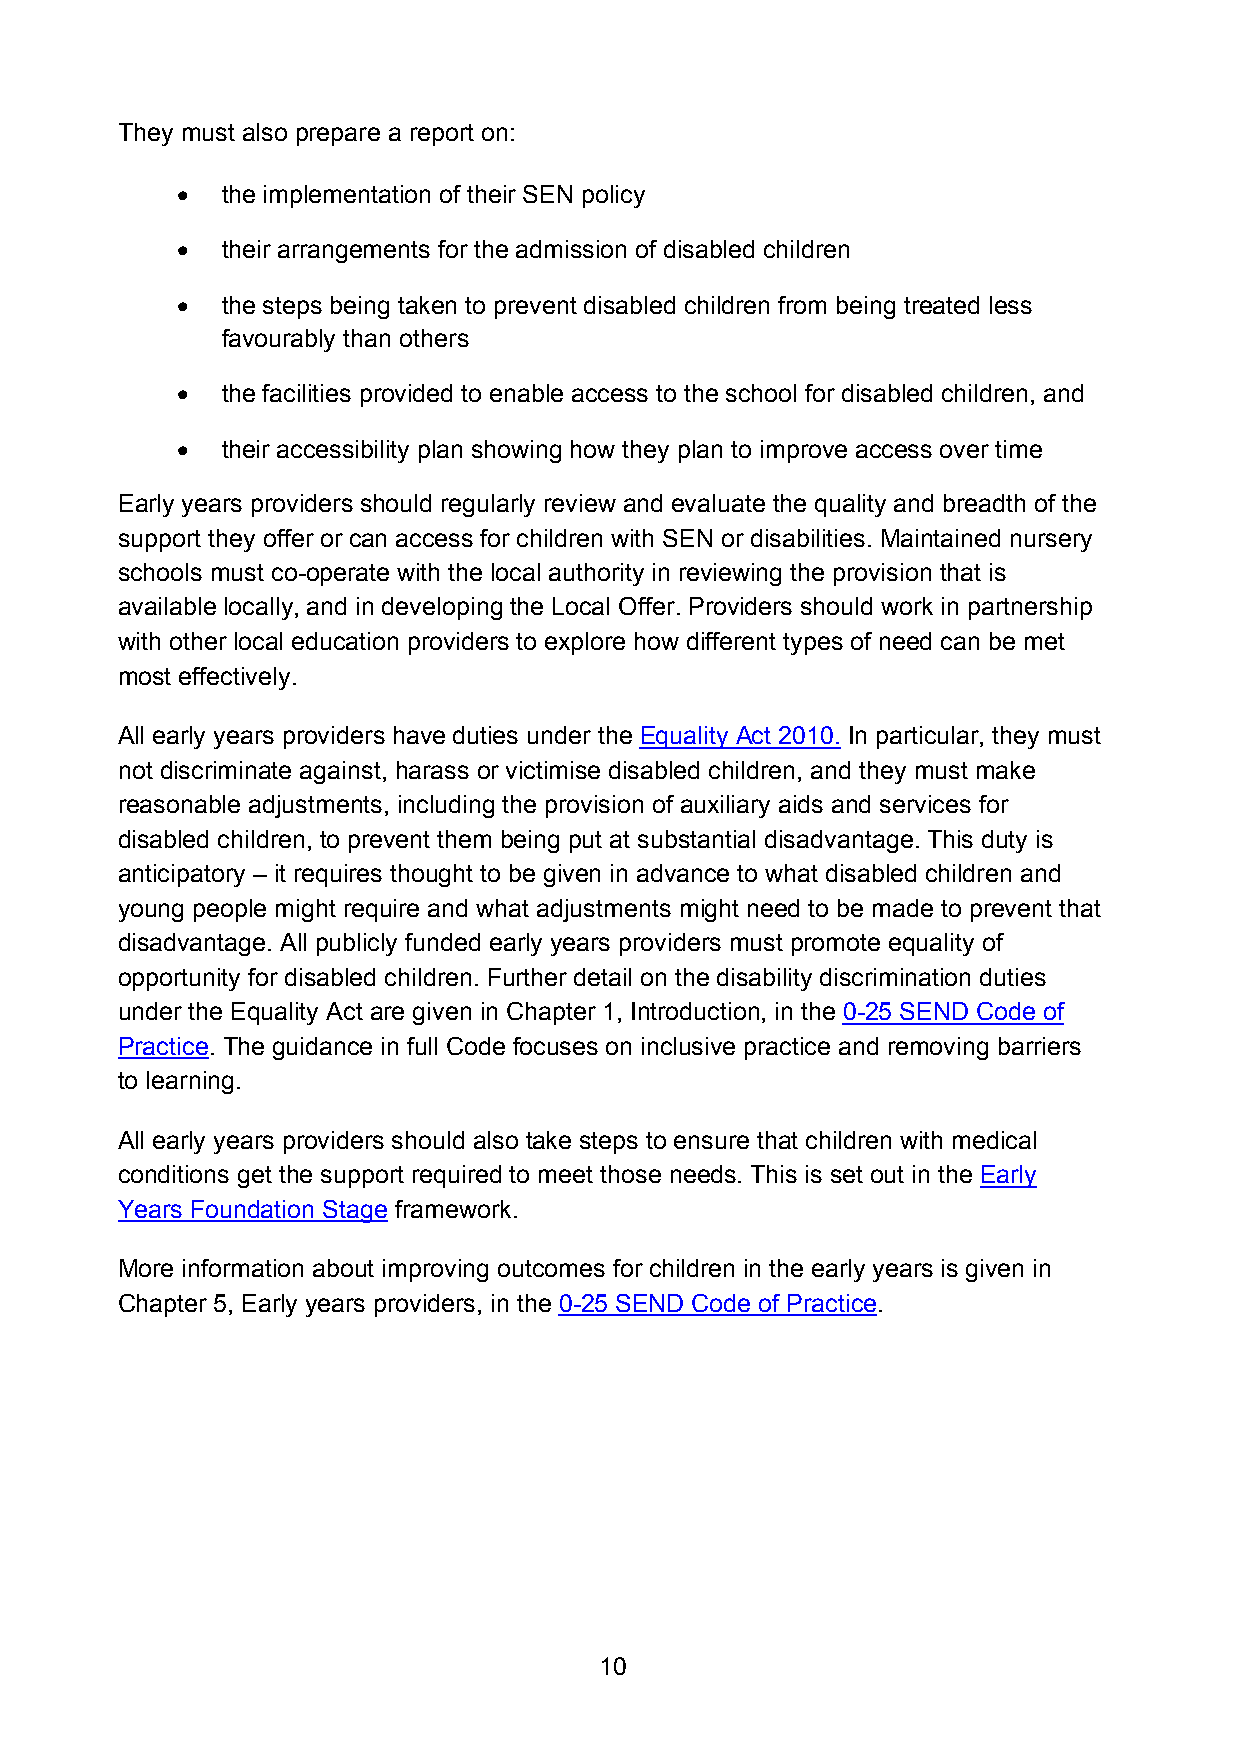
They must also prepare a report on:
 •  the implementation of their SEN policy
 •  their arrangements for the admission of disabled children
 •  the steps being taken to prevent disabled children from being treated less
 favourably than others
 •  the facilities provided to enable access to the school for disabled children, and
 •  their accessibility plan showing how they plan to improve access over time
 Early years providers should regularly review and evaluate the quality and breadth of the
 support they offer or can access for children with SEN or disabilities. Maintained nursery
 schools must co-operate with the local authority in reviewing the provision that is
 available locally, and in developing the Local Offer. Providers should work in partnership
 with other local education providers to explore how different types of need can be met
 most effectively.
 All early years providers have duties under the Equality Act 2010. In particular, they must
 not discriminate against, harass or victimise disabled children, and they must make
 reasonable adjustments, including the provision of auxiliary aids and services for
 disabled children, to prevent them being put at substantial disadvantage. This duty is
 anticipatory – it requires thought to be given in advance to what disabled children and
 young people might require and what adjustments might need to be made to prevent that
 disadvantage. All publicly funded early years providers must promote equality of
 opportunity for disabled children. Further detail on the disability discrimination duties
 under the Equality Act are given in Chapter 1, Introduction, in the 0-25 SEND Code of
 Practice. The guidance in full Code focuses on inclusive practice and removing barriers
 to learning.
 All early years providers should also take steps to ensure that children with medical
 conditions get the support required to meet those needs. This is set out in the Early
 Years Foundation Stage framework.
 More information about improving outcomes for children in the early years is given in
 Chapter 5, Early years providers, in the 0-25 SEND Code of Practice.
 10